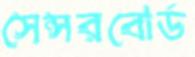
সেন্সরবোর্ড